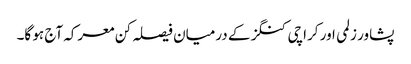
پشاور زلمی اور کراچی کنگز کے درمیان فیصلہ کن معرکہ آج ہو گا۔